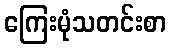
ကြေးမုံသတင်းစာ